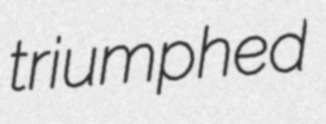
triumphed